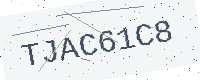
Text: TJAC61C8